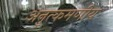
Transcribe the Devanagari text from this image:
अनुत्कमणीय